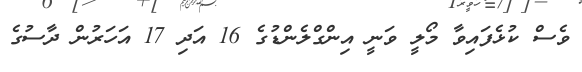
ވެސް ކުޅެފައިވާ މޯލީ ވަނީ އިންގްލެންޑުގެ 16 އަދި 17 އަހަރުން ދާސުގެ